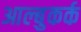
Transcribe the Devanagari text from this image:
आल्बुकर्क